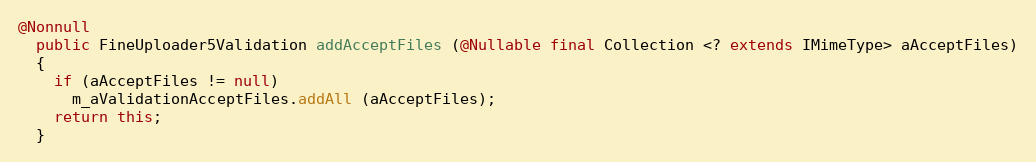
Language: Java
@Nonnull
  public FineUploader5Validation addAcceptFiles (@Nullable final Collection <? extends IMimeType> aAcceptFiles)
  {
    if (aAcceptFiles != null)
      m_aValidationAcceptFiles.addAll (aAcceptFiles);
    return this;
  }